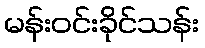
မန်းဝင်းခိုင်သန်း